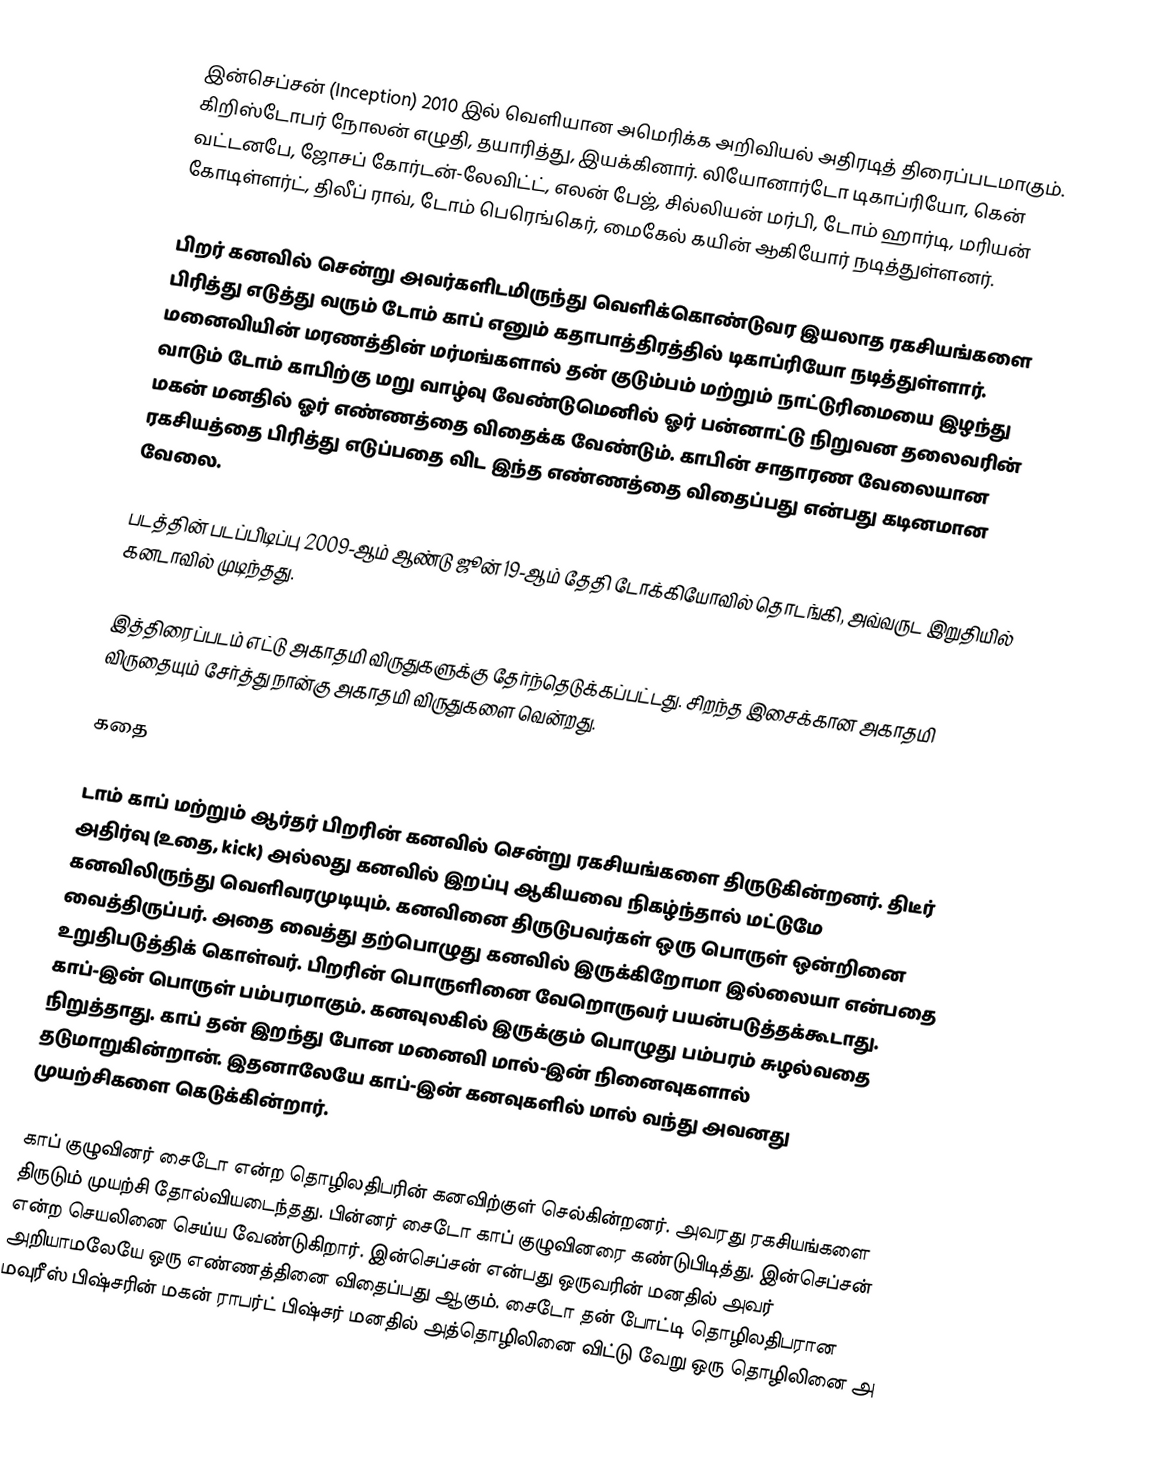
இன்செப்சன் (Inception) 2010 இல் வெளியான அமெரிக்க அறிவியல் அதிரடித் திரைப்படமாகும். கிறிஸ்டோபர் நோலன் எழுதி, தயாரித்து, இயக்கினார். லியோனார்டோ டிகாப்ரியோ, கென் வட்டனபே, ஜோசப் கோர்டன்-லேவிட்ட், எலன் பேஜ், சில்லியன் மர்பி, டோம் ஹார்டி, மரியன் கோடிள்ளர்ட், திலீப் ராவ், டோம் பெரெங்கெர், மைகேல் கயின் ஆகியோர் நடித்துள்ளனர்.

பிறர் கனவில் சென்று அவர்களிடமிருந்து வெளிக்கொண்டுவர இயலாத ரகசியங்களை பிரித்து எடுத்து வரும் டோம் காப் எனும் கதாபாத்திரத்தில் டிகாப்ரியோ நடித்துள்ளார். மனைவியின் மரணத்தின் மர்மங்களால் தன் குடும்பம் மற்றும் நாட்டுரிமையை இழந்து வாடும் டோம் காபிற்கு மறு வாழ்வு வேண்டுமெனில் ஓர் பன்னாட்டு நிறுவன தலைவரின் மகன் மனதில் ஓர் எண்ணத்தை விதைக்க வேண்டும். காபின் சாதாரண வேலையான ரகசியத்தை பிரித்து எடுப்பதை விட இந்த எண்ணத்தை விதைப்பது என்பது கடினமான வேலை.

படத்தின் படப்பிடிப்பு 2009-ஆம் ஆண்டு ஜூன் 19-ஆம் தேதி டோக்கியோவில் தொடங்கி, அவ்வருட இறுதியில் கனடாவில் முடிந்தது.

இத்திரைப்படம் எட்டு அகாதமி விருதுகளுக்கு தேர்ந்தெடுக்கப்பட்டது. சிறந்த இசைக்கான அகாதமி விருதையும் சேர்த்து நான்கு அகாதமி விருதுகளை வென்றது.

கதை

டாம் காப் மற்றும் ஆர்தர் பிறரின் கனவில் சென்று ரகசியங்களை திருடுகின்றனர். திடீர் அதிர்வு (உதை, kick) அல்லது கனவில் இறப்பு ஆகியவை நிகழ்ந்தால் மட்டுமே கனவிலிருந்து வெளிவரமுடியும். கனவினை திருடுபவர்கள் ஒரு பொருள் ஒன்றினை வைத்திருப்பர். அதை வைத்து தற்பொழுது கனவில் இருக்கிறோமா இல்லையா என்பதை உறுதிபடுத்திக் கொள்வர். பிறரின் பொருளினை வேறொருவர் பயன்படுத்தக்கூடாது. காப்-இன் பொருள் பம்பரமாகும். கனவுலகில் இருக்கும் பொழுது பம்பரம் சுழல்வதை நிறுத்தாது. காப் தன் இறந்து போன மனைவி மால்-இன் நினைவுகளால் தடுமாறுகின்றான். இதனாலேயே காப்-இன் கனவுகளில் மால் வந்து அவனது முயற்சிகளை கெடுக்கின்றார்.

காப் குழுவினர் சைடோ என்ற தொழிலதிபரின் கனவிற்குள் செல்கின்றனர். அவரது ரகசியங்களை திருடும் முயற்சி தோல்வியடைந்தது. பின்னர் சைடோ காப் குழுவினரை கண்டுபிடித்து. இன்செப்சன் என்ற செயலினை செய்ய வேண்டுகிறார். இன்செப்சன் என்பது ஒருவரின் மனதில் அவர் அறியாமலேயே ஒரு எண்ணத்தினை விதைப்பது ஆகும். சைடோ தன் போட்டி தொழிலதிபரான மவுரீஸ் பிஷ்சரின் மகன் ராபர்ட் பிஷ்சர் மனதில் அத்தொழிலினை விட்டு வேறு ஒரு தொழிலினை அ